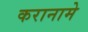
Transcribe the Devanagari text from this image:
करानामे